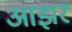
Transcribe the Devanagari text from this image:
आझर